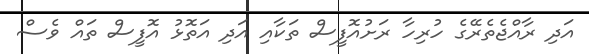
އަދި ރާއްޖެތެރޭގެ ހުރިހާ ރަށުއޮފީސް ތަކާއި އަދި އަތޮޅު އޮފީސް ތައް ވެސް